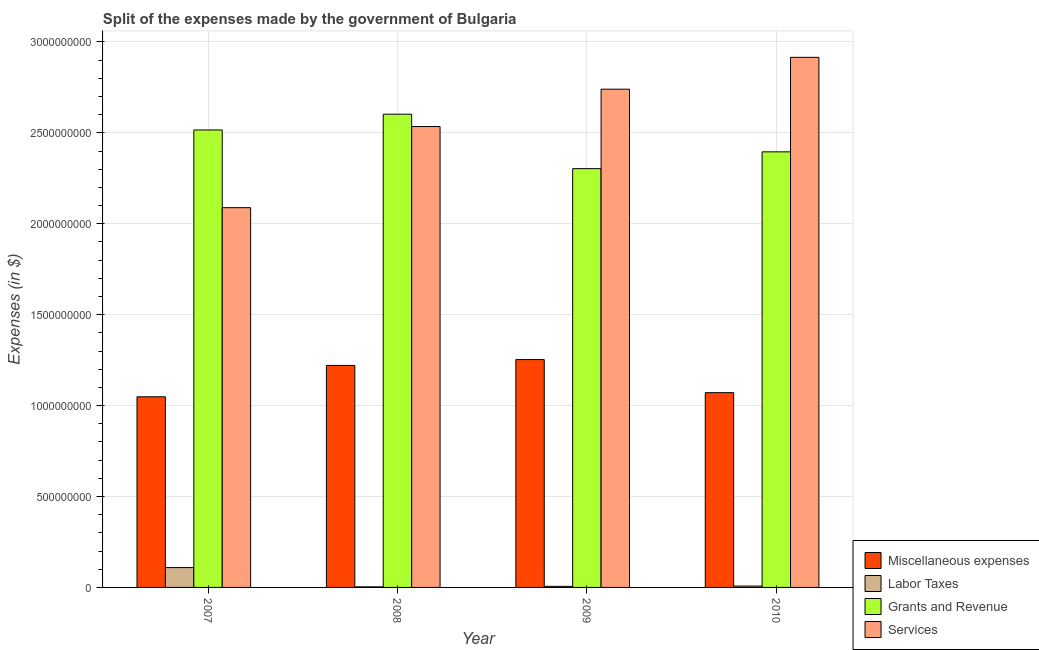
| Year | Miscellaneous expenses | Labor Taxes | Grants and Revenue | Services |
 | --- | --- | --- | --- | --- |
 | 2007 | 1.05e+09 | 1.09e+08 | 2.52e+09 | 2.09e+09 |
 | 2008 | 1.22e+09 | 3.12e+06 | 2.6e+09 | 2.53e+09 |
 | 2009 | 1.25e+09 | 5.93e+06 | 2.3e+09 | 2.74e+09 |
 | 2010 | 1.07e+09 | 7.65e+06 | 2.4e+09 | 2.92e+09 |